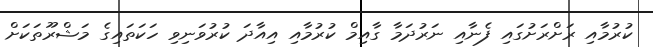
ކުރުމާއި ރަށްރަށުގައި ފެނާއި ނަރުދަމާ ގާއިމް ކުރުމާއި އިއާދަ ކުރުވަނިވި ހަކަތައިގެ މަޝްރޫތަަކަށް